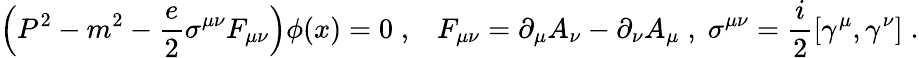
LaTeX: \left(P^{2}-m^{2}-\frac{e}{2}\sigma^{\mu\nu}F_{\mu\nu}\right)\phi(x)=0\; ,\; \; \; F_{\mu\nu}=\partial_{\mu}A_{\nu}-\partial_{\nu}A_{\mu}\; ,\; \sigma^{\mu\nu}=\frac{i}{2}[\gamma^{\mu},\gamma^{\nu}]\; .